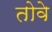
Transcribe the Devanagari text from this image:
तोवे